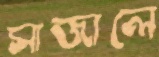
সাজালে